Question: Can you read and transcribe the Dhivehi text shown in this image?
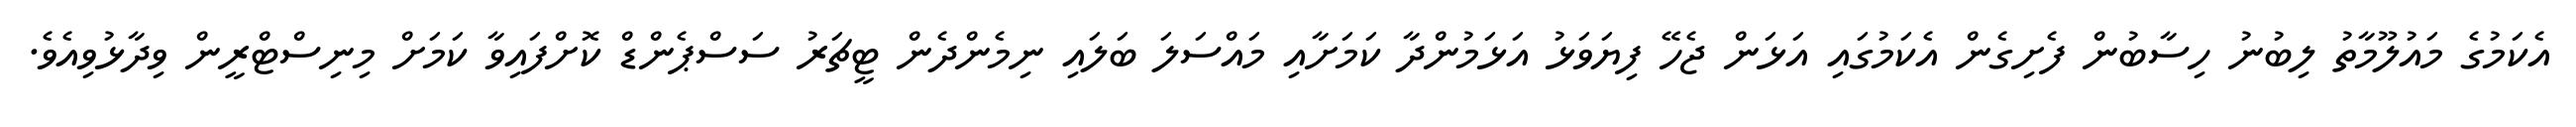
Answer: އެކަމުގެ މައުލޫމާތު ލިބުނު ހިސާބުން ފެށިގެން އެކަމުގައި އަޅަން ޖެހޭ ފިޔަވަޅު އަޅަމުންދާ ކަމަށާއި މައްސަލަ ބަލައި ނިމެންދެން ޓީޗަރު ސަސްޕެންޑް ކޮށްފައިވާ ކަމަށް މިނިސްޓްރީން ވިދާޅުވިއެވެ.